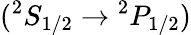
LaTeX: {(^{2}S_{1/2}\rightarrow{^2P_{1/2})}}